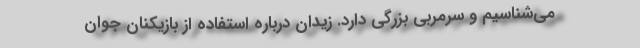
می‌شناسیم و سرمربی بزرگی دارد. زیدان درباره استفاده از بازیکنان جوان